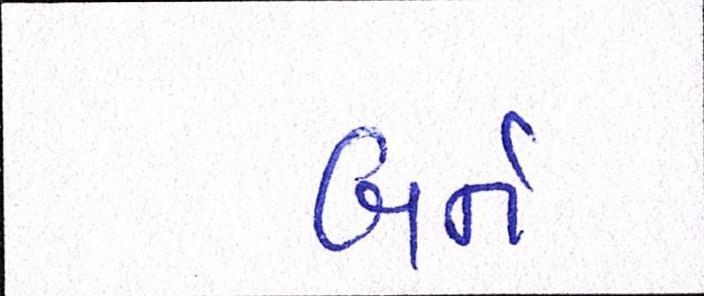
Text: બર્ન